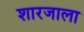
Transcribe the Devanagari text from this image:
शारजाला